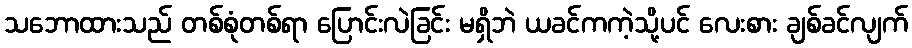
သဘောထားသည် တစ်စုံတစ်ရာ ပြောင်းလဲခြင်း မရှိဘဲ ယခင်ကကဲ့သို့ပင် လေးစား ချစ်ခင်လျက်